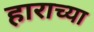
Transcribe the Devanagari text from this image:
हाराच्या